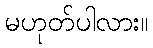
မဟုတ်ပါလား။